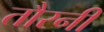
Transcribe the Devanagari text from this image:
तौरनी